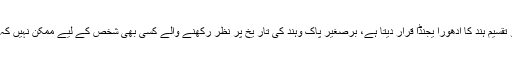
پاکستان کا معاملہ یہ ہے کہ وہ مسلہ کشمیر کو تقسیم ہند کا ادھورا یجنڈا قرار دیتا ہے، برصغیر پاک وہند کی تار یخ پر نظر رکھنے والے کسی بھی شخص کے لیے ممکن نہیں کہ وہ اس دیرینہ تنازعہ سے صرف نظر کرلے ۔